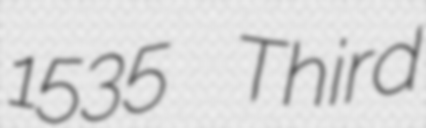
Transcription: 1535 Third